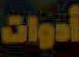
أدوات